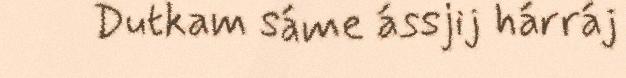
Dutkam sáme ássjij hárráj